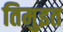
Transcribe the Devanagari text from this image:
तिमुइत